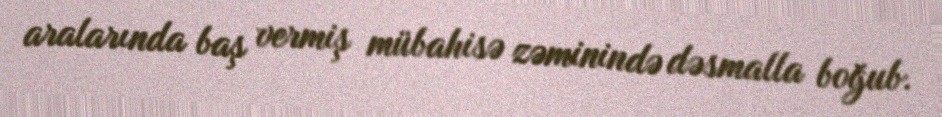
aralarında baş vermiş mübahisə zəminində dəsmalla boğub.